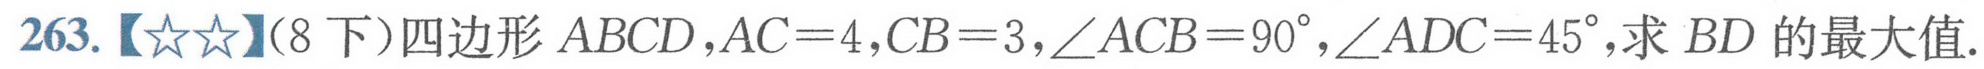
263.【☆☆】（8下）四边形\(ABCD\)，\(AC = 4\)，\(CB = 3\)，\(\angle ACB = 90^{\circ}\)，\(\angle ADC = 45^{\circ}\)，求 \(BD\)的最大值.